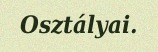
Osztályai.